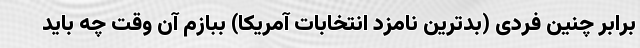
برابر چنین فردی (بدترین نامزد انتخابات آمریکا) ببازم آن وقت چه باید